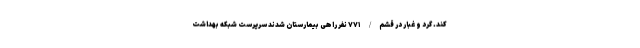
کند. گرد و غبار در قشم/ ۷۷۱ نفر راهی بیمارستان شدند سرپرست شبکه بهداشت